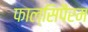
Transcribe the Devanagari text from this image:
फाल्सिपैरम